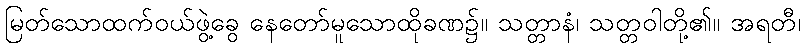
မြတ်သောထက်ဝယ်ဖွဲ့ခွေ နေတော်မူသောထိုခဏ၌။ သတ္တာနံ၊ သတ္တဝါတို့၏။ အရတီ၊